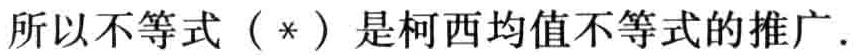
所以不等式（*）是柯西均值不等式的推广.